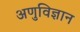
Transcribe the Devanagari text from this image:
अणुविज्ञान